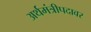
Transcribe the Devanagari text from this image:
अर्थमंत्रीपदावर